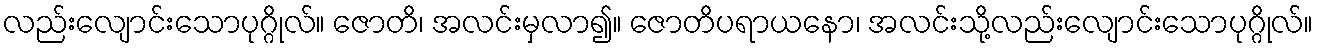
လည်းလျောင်းသောပုဂ္ဂိုလ်။ ဇောတိ၊ အလင်းမှလာ၍။ ဇောတိပရာယနော၊ အလင်းသို့လည်းလျောင်းသောပုဂ္ဂိုလ်။